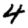
Digit: 4